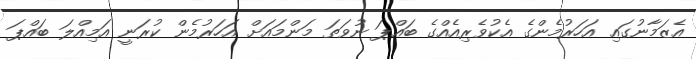
އެޒަމާނުގައި އަހަރުމެންގެ އެކުވެރިއެއްގެ ބައްޕަ ނުވަތަ މަންމައަށް އަހަރުމެން ކުރަނީ އަމިއްލަ ބައްޕަ